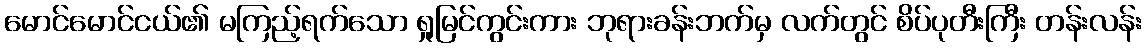
မောင်မောင်ငယ်၏ မကြည့်ရက်သော ရှုမြင်ကွင်းကား ဘုရားခန်းဘက်မှ လက်တွင် စိပ်ပုတီးကြီး တန်းလန်း